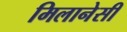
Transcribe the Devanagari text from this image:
मिलानेसी